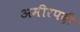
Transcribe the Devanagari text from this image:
अमीरपदी